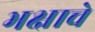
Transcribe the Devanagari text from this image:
भक्षाचे